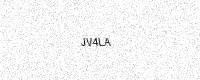
Text: JV4LA